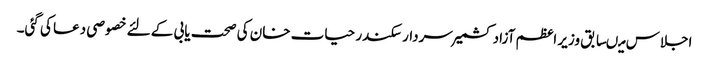
اجلاس میںسابق وزیر اعظم آزاد کشمیر سردار سکندر حیات خان کی صحت یابی کے لئے خصوصی دعا کی گئی۔